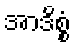
အာဒိစ္စံ